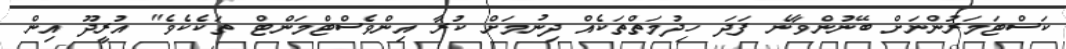
ކަސްޓަމަރުންނަށް ބޭނުންވާނެ ފަދަ ހިދުމަތްތަކެއް ދިނުމަށް ކުރާ އިންވެސްޓްމަންޓް ތަކެކެވެ" އުރީދޫ އިން